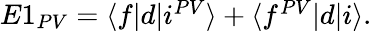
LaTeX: \begin{array}{r}{E1_{PV}=\langle f|d|i^{PV}\rangle+\langle f^{PV}|d|i\rangle.}\end{array}